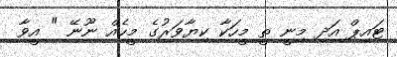
ޓައިޕް އަދި މިނީ ތީ މީހަކާ ކިޔާވަރުގެ މީހެއް ނޫނޭ " އީވާ